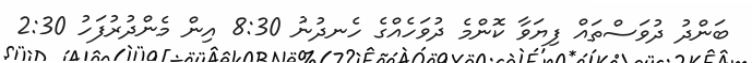
ބަންދު ދުވަސްތައް ފިޔަވާ ކޮންމެ ދުވަހެއްގެ ހެނދުނު 8:30 އިން މެންދުރުފަހު 2:30